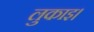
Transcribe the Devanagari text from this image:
लुकाइ।